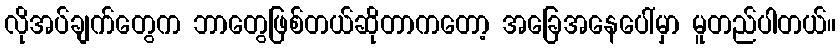
လိုအပ်ချက်တွေက ဘာတွေဖြစ်တယ်ဆိုတာကတော့ အခြေအနေပေါ်မှာ မူတည်ပါတယ်။